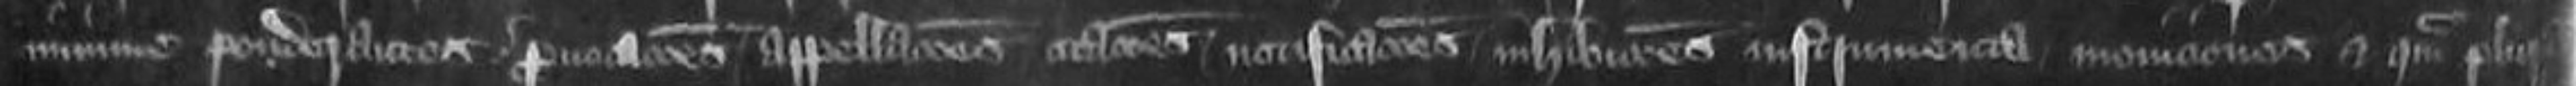
minime ponderantes provocationes appellaciones citationes notificationes inhibitiones instrumenta moniciones et quam plura